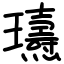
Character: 瓙